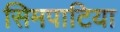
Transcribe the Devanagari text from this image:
सिमपाटिया